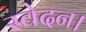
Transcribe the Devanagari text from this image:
स्वेदन।